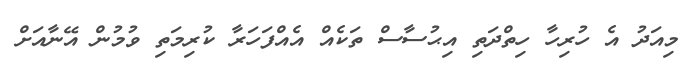
މިއަދު އެ ހުރިހާ ހިތްދަތި އިޙުސާސް ތަކެއް އެއްފަހަރާ ކުރިމަތި ވުމުން އޭނާއަށް